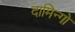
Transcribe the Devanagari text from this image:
दामिन्गो